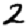
Digit: 2